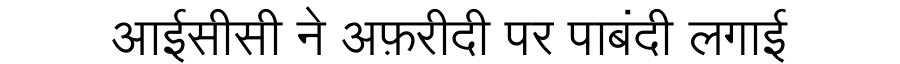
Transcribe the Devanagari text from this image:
आईसीसी ने अफ़रीदी पर पाबंदी लगाई